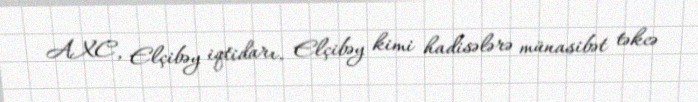
AXC, Elçibəy iqtidarı, Elçibəy kimi hadisələrə münasibət təkcə